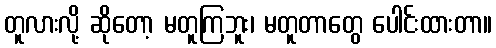
တူလားလို့ ဆိုတော့ မတူကြဘူး၊ မတူတာတွေ ပေါင်းထားတာ။